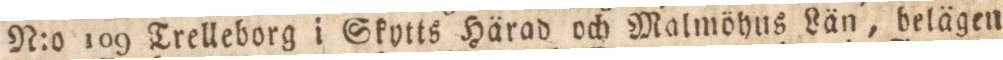
N:o 109 Trelleborg i Skytts Härad och Malmöhus Län, belägen